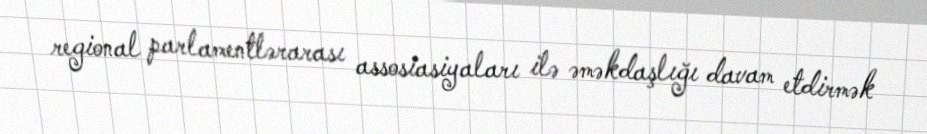
regional parlamentlərarası assosiasiyaları ilə əməkdaşlığı davam etdirmək